Report on inoculation in the plague infected areas of the Punjab and its dependencies from October 1900 to September 1901
Year: 1900
Disease focus: Plague
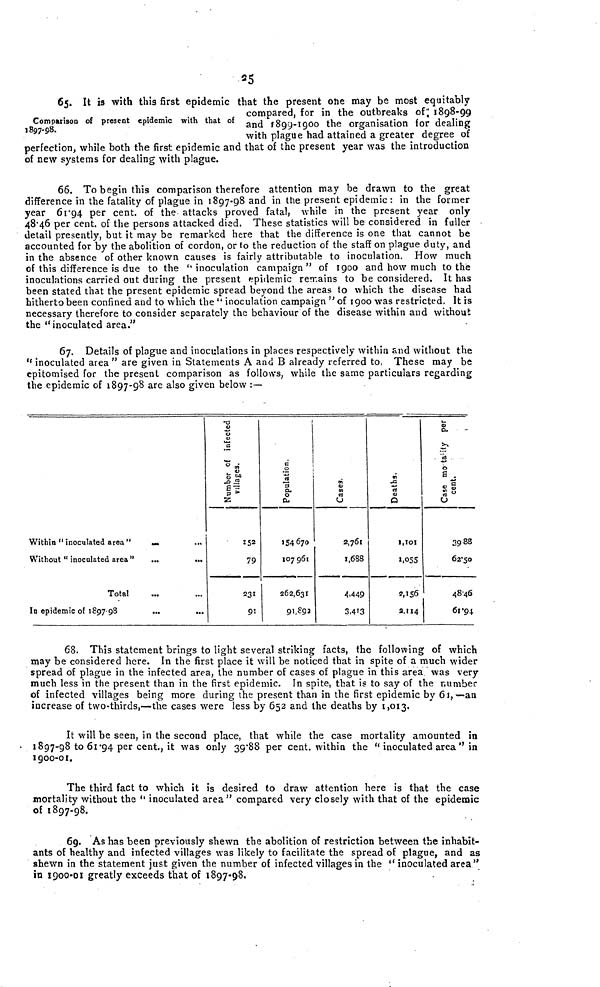
25
Comparison of present epidemic with that of
1897-98.
65. It is with this first epidemic that the present one may be most equitably
compared, for in the outbreaks of 1898-99
and 1899-1900 the organisation for dealing
with plague had attained a greater degree of
perfection, while both the first epidemic and that of the present year was the introduction
of new systems for dealing with plague.
66. To begin this comparison therefore attention may be drawn to the great
difference in the fatality of plague in 1897-98 and in the present epidemic : in the former
year 61 94 per cent. of the attacks proved fatal, while in the present year only
48 46 per cent. of the persons attacked died. These statistics will be considered in fuller
detail presently, but it may be remarked here that the difference is one that cannot be
accounted for by the abolition of cordon, or to the reduction of the staff on plague duty, and
in the absence of other known causes is fairly attributable to inoculation. How much
of this difference is due to the "inoculation campaign" of 1900 and how much to the
inoculations carried out during the present epidemic remains to be considered. It has
been stated that the present epidemic spread beyond the areas to which the disease had
hitherto been confined and to which the "inoculation campaign" of 1900 was restricted. It is
necessary therefore to consider separately the behaviour of the disease within and without
the "inoculated area."
67. Details of plague and inoculations in places respectively within and without the
"inoculated area" are given in Statements A and B already referred to These may be
epitomised for the present comparison as follows, while the same particulars regarding
the epidemic of 1897-98 are also given below :—
Within "inoculated area " ... ...
Without "inoculated area"
...
...
Total
In epidemic of 1897 98
***
***
152
79
231
91
154 670
107 961
262,631
91 892
2,761
1,688
4,449
3,413
1,101
1,055
2,156
2,114
39 88
62 50
48 46
61 94
68. This statement brings to light several striking facts, the following of which
may be considered here. In the first place it will be noticed that in spite of a much wider
spread of plague in the infected area, the number of cases of plague in this area was very
much less in the present than in the first epidemic. In spite, that is to say of the number
of infected villages being more during the present than in the first epidemic by 61,—an
increase of two-thirds,—the cases were less by 652 and the deaths by 1,013.
It will be seen, in the second place, that while the case mortality amounted in
1897-98 to 61 94 per cent, it was only 39 88 per cent. within the "inoculated area" in
1900-01.
The third fact to which it is desired to draw attention here is that the case
mortality without the "inoculated area" compared very closely with that of the epidemic
of 1897-98.
69. As has been previously shewn the abolition of restriction between the inhabit-
ants of healthy and infected villages was likely to facilitate the spread of plague, and as
shewn in the statement just given the number of infected villages in the "inoculated area"
in 1900-01 greatly exceeds that of 1897-98,